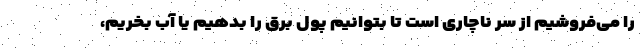
را می‌فروشیم از سر ناچاری است تا بتوانیم پول برق را بدهیم یا آب بخریم،